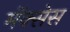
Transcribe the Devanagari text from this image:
मॅक्सेस